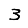
Digit: 3